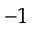
^ { - 1 }